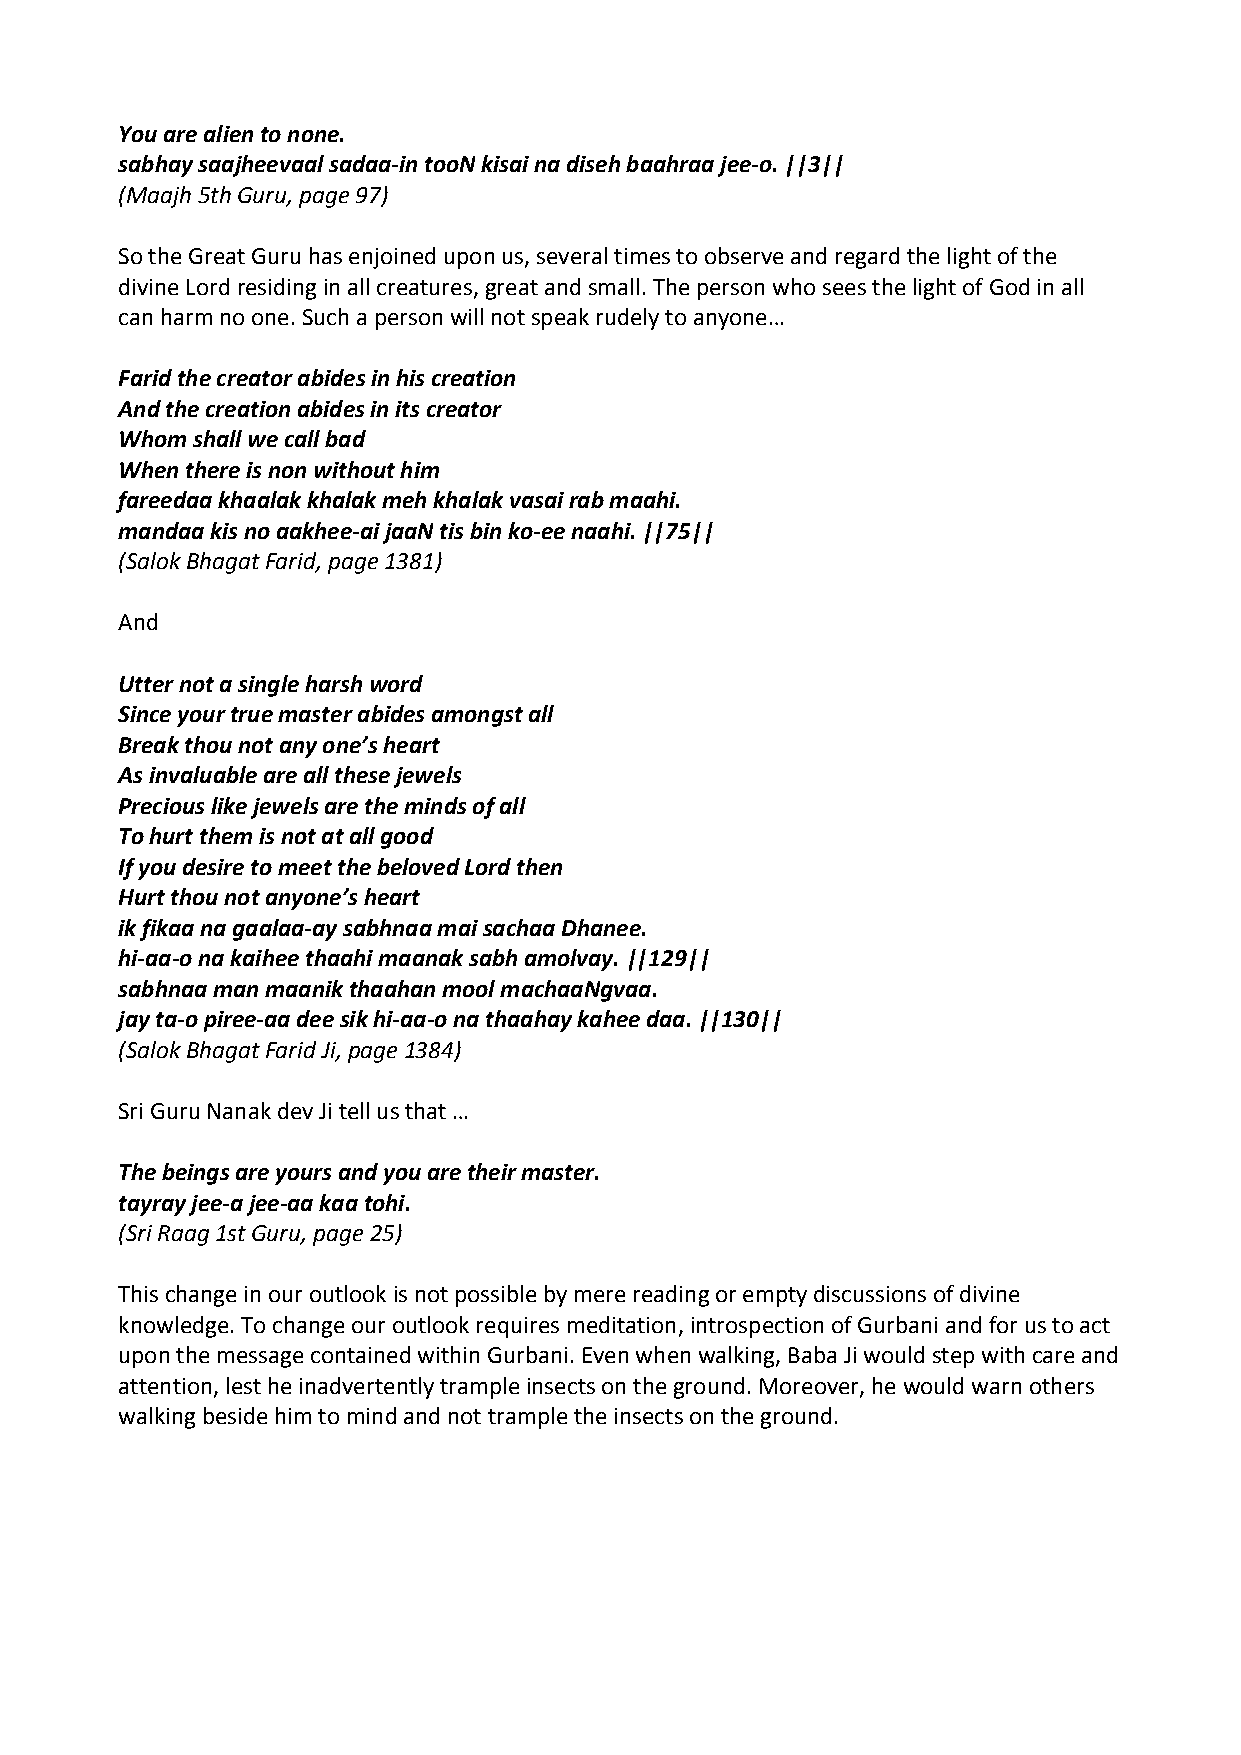
You are alien to none.
 sabhay saajheevaal sadaa‐in tooN kisai na diseh baahraa jee‐o. ||3||
 (Maajh 5th Guru, page 97)
 So the Great Guru has enjoined upon us, several times to observe and regard the light of the
 divine Lord residing in all creatures, great and small. The person who sees the light of God in all
 can harm no one. Such a person will not speak rudely to anyone…
 Farid the creator abides in his creation
 And the creation abides in its creator
 Whom shall we call bad
 When there is non without him
 fareedaa khaalak khalak meh khalak vasai rab maahi.
 mandaa kis no aakhee‐ai jaaN tis bin ko‐ee naahi. ||75||
 (Salok Bhagat Farid, page 1381)
 And
 Utter not a single harsh word
 Since your true master abides amongst all
 Break thou not any one’s heart
 As invaluable are all these jewels
 Precious like jewels are the minds of all
 To hurt them is not at all good
 If you desire to meet the beloved Lord then
 Hurt thou not anyone’s heart
 ik fikaa na gaalaa‐ay sabhnaa mai sachaa Dhanee.
 hi‐aa‐o na kaihee thaahi maanak sabh amolvay. ||129||
 sabhnaa man maanik thaahan mool machaaNgvaa.
 jay ta‐o piree‐aa dee sik hi‐aa‐o na thaahay kahee daa. ||130||
 (Salok Bhagat Farid Ji, page 1384)
 Sri Guru Nanak dev Ji tell us that …
 The beings are yours and you are their master.
 tayray jee‐a jee‐aa kaa tohi.
 (Sri Raag 1st Guru, page 25)
 This change in our outlook is not possible by mere reading or empty discussions of divine
 knowledge. To change our outlook requires meditation, introspection of Gurbani and for us to act
 upon the message contained within Gurbani. Even when walking, Baba Ji would step with care and
 attention, lest he inadvertently trample insects on the ground. Moreover, he would warn others
 walking beside him to mind and not trample the insects on the ground.